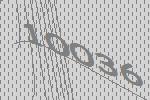
10036